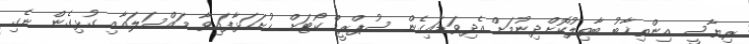
ރިޔާސީ އިންތިޚާބު ބާތިލުކޮށްދިނުމަށް އެދިވަޑައިގެން ސުޕްރީމް ކޯޓަށް ހުށަހަޅާފައިވާ މައްސަލައާއި ގުޅިގެން ނެގި